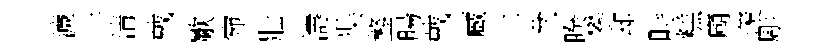
濓干清戴歜宛壯濤奘鏊暘戴蔵土盆睽攀却畤糕廟羡彫